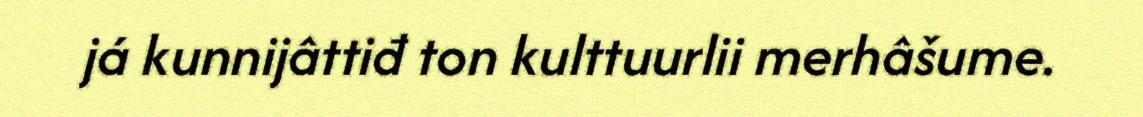
já kunnijâttiđ ton kulttuurlii merhâšume.